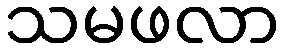
သမဖလာ